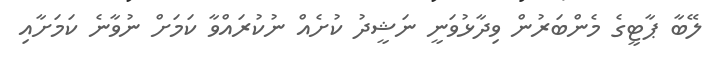
ލޭބާ ޕާޓީގެ މެންބަރުން ވިދާޅުވަނީ ނަޝީދު ކުށެއް ނުކުރައްވާ ކަމަށް ނުވާނެ ކަމަށާއި